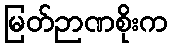
မြတ်ဉာဏစိုးက